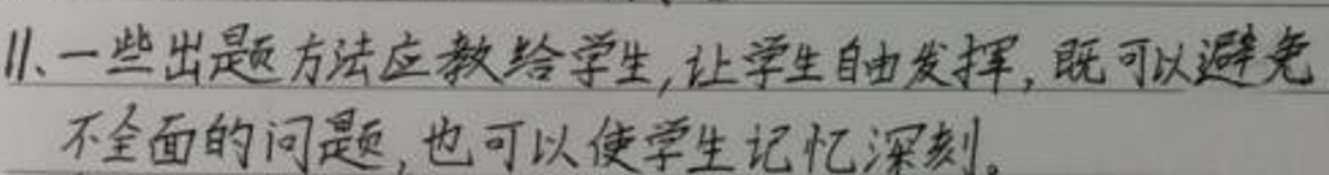
11. 一些出题方法应教给学生,让学生自由发挥,既可以避免不全面的问题,也可以使学生记忆深刻。